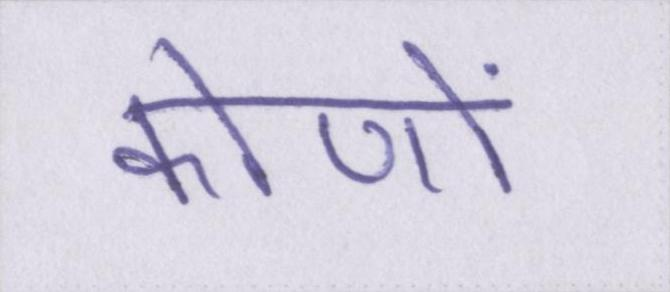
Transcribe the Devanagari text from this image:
कोणों